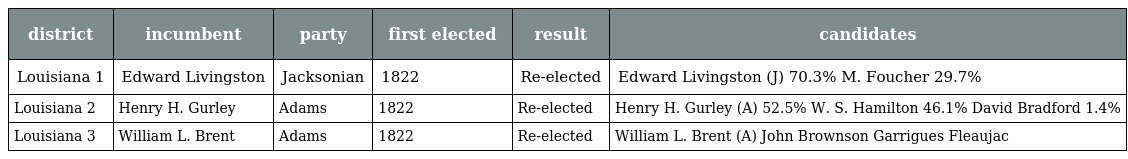
| district | incumbent | party | first elected | result | candidates |
 | --- | --- | --- | --- | --- | --- |
 | Louisiana 1 | Edward Livingston | Jacksonian | 1822 | Re-elected | Edward Livingston (J) 70.3% M. Foucher 29.7% |
 | Louisiana 2 | Henry H. Gurley | Adams | 1822 | Re-elected | Henry H. Gurley (A) 52.5% W. S. Hamilton 46.1% David Bradford 1.4% |
 | Louisiana 3 | William L. Brent | Adams | 1822 | Re-elected | William L. Brent (A) John Brownson Garrigues Fleaujac |